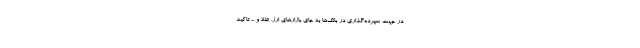
در جهت سپرده‌گذاری در بانک‌ها به جای بازارهای ارز، طلا و ... تاکید